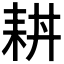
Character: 𦓮